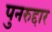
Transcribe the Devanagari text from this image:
पुनरुद्दार